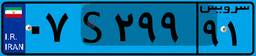
۵۲S۲۰۹۳۰